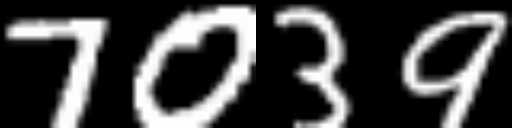
Text: 7039